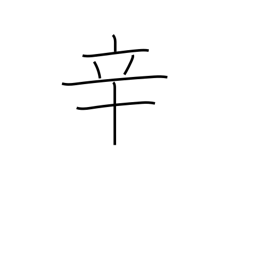
Meaning: hot